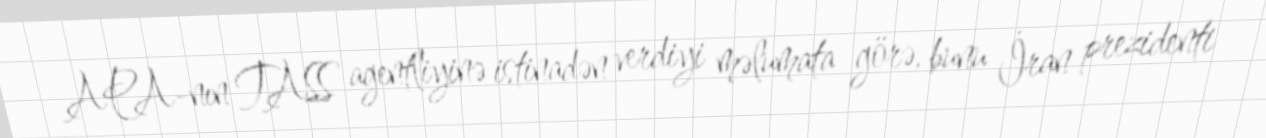
APA-nın TASS agentliyinə istinadən verdiyi məlumata görə, bunu İran prezidenti